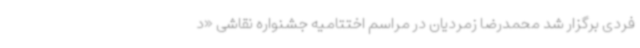
فردی برگزار شد محمدرضا زمردیان در مراسم اختتامیه جشنواره نقاشی «د